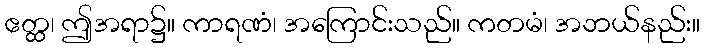
ဧတ္ထ၊ ဤအရာ၌။ ကာရဏံ၊ အကြောင်းသည်။ ကတမံ၊ အဘယ်နည်း။